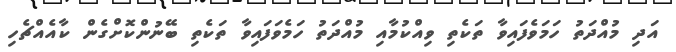
އަދި މުއްދަތު ހަމަވެފައިވާ ތަކެތި ވިއްކުމާއި މުއްދަތު ހަމެވަފައިވާ ތަކެތި ބޭނުންކޮށްގެން ކާއެއްޗެހި